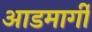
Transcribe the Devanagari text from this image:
आडमार्गीं